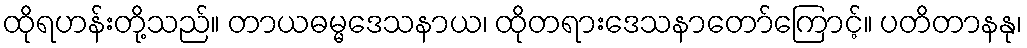
ထိုရဟန်းတို့သည်။ တာယဓမ္မဒေသနာယ၊ ထိုတရားဒေသနာတော်ကြောင့်။ ပတိတာနနု၊